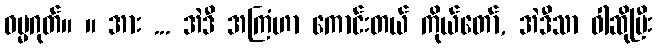
ဓမ္မဂုတ်။ ။ အား ... အဲဒီ အကြံဟာ ကောင်းတယ် ကိုယ်တော်, အဲဒီသာ ဝါဆိုပြီး